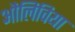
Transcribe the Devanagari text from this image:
औलिविया